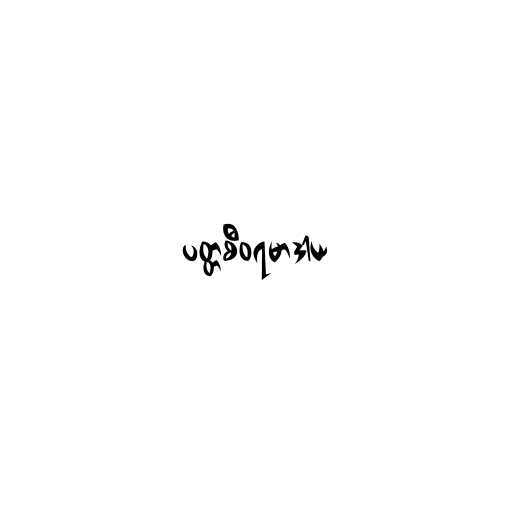
ပတ္တစီဝရမာဒါယ